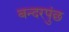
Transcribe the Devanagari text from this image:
बन्दरपुंछ